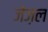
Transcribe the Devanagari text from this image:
जेज़ल